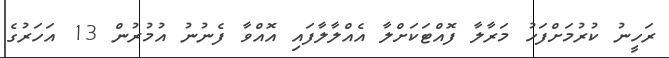
ރަހީނު ކުރުމަށްފަހު މަރާލާ ފޮއްޓަކަށްލާ އެއްލާލާފައި އޮއްވާ ފެނުނު އުމުރުން 13 އަހަރުގެ